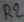
Text: R2